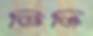
ডিঙি